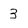
Character: 3